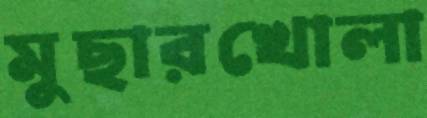
মুছারখোলা